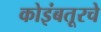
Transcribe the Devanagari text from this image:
कोइंबतूरचे